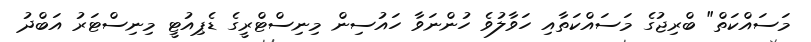
މަސައްކަތް" ބްރިޖުގެ މަސައްކަތާއި ހަވާލުވެ ހުންނަވާ ހައުސިން މިނިސްޓްރީގެ ޑެޕިއުޓީ މިނިސްޓަރު އަބްދު